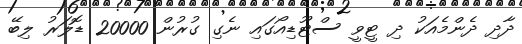
ދާދި ދެންމެއަކު ދި ޓީވީ ސްޓޫޑިއޯގައި ނެގި ގުރުން 20000 ޑޮލަރު ލިބޭ